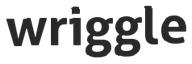
wriggle